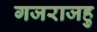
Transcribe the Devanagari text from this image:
गजराजहु